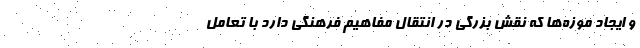
و ایجاد موزه‌ها که نقش بزرگی در انتقال مفاهیم فرهنگی دارد با تعامل